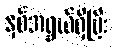
နှစ်အရွယ်ရှိပြီး